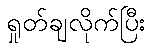
ရှုတ်ချလိုက်ပြီး